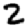
Digit: 2